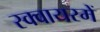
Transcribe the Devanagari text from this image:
स्क्वायरमें